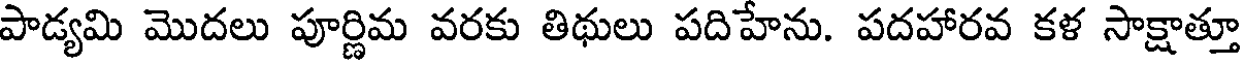
పాడ్యమి మొదలు పూర్ణిమ వరకు తిథులు పదిహేను. పదహారవ కళ సాక్షాత్తూ